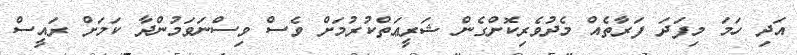
އަދި ހަމަ މިފަދަ ފަރާތެއް މެދުވެރިކޮށްގެން ޝަރީޢަތްކުރުމަށް ވެސް ވިސްނަވަމުންދާ ކަމަށް ރައީސް